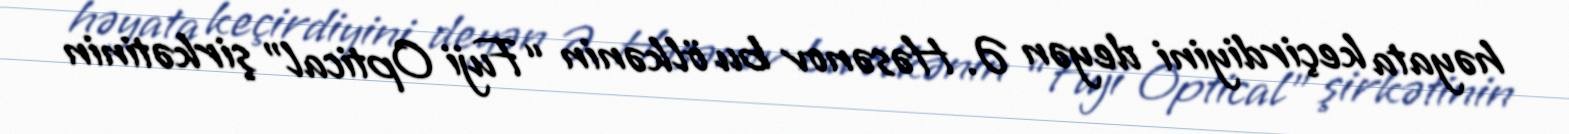
həyata keçirdiyini deyən Ə. Həsənov bu ölkənin “Fuji Optical” şirkətinin